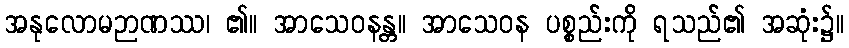
အနုလောမဉာဏဿ၊ ၏။ အာသေဝနန္တ။ အာသေဝန ပစ္စည်းကို ရသည်၏ အဆုံး၌။